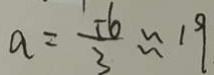
a = \frac { - 6 } { 3 } \approx 1 9